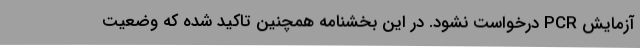
آزمایش PCR درخواست نشود. در این بخشنامه همچنین تاکید شده که وضعیت